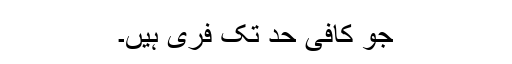
جو کافی حد تک فری ہیں۔